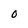
Character: 0